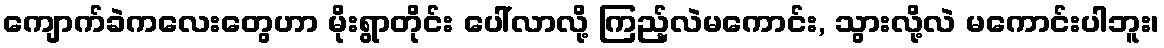
ကျောက်ခဲကလေးတွေဟာ မိုးရွာတိုင်း ပေါ်လာလို့ ကြည့်လဲမကောင်း, သွားလို့လဲ မကောင်းပါဘူး၊